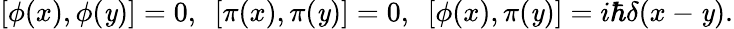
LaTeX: [\phi(x),\phi(\mathit{y})]=0,\ \ [\pi(x),\pi(\mathit{y})]=0,\ \ [\phi(x),\pi(\mathit{y})]=i\hbar\delta(x-\mathit{y}).